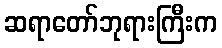
ဆရာတော်ဘုရားကြီးက